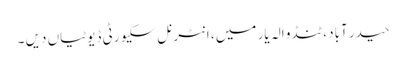
حیدر آباد ، ٹنڈو الہ یار میں ، انٹرنل سکیورٹی ڈیوٹیاں دیں ۔